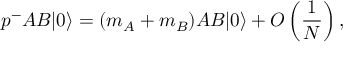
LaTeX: p ^ { - } A B | 0 \rangle = ( m _ { A } + m _ { B } ) A B | 0 \rangle + O \left( \frac { 1 } { N } \right) ,